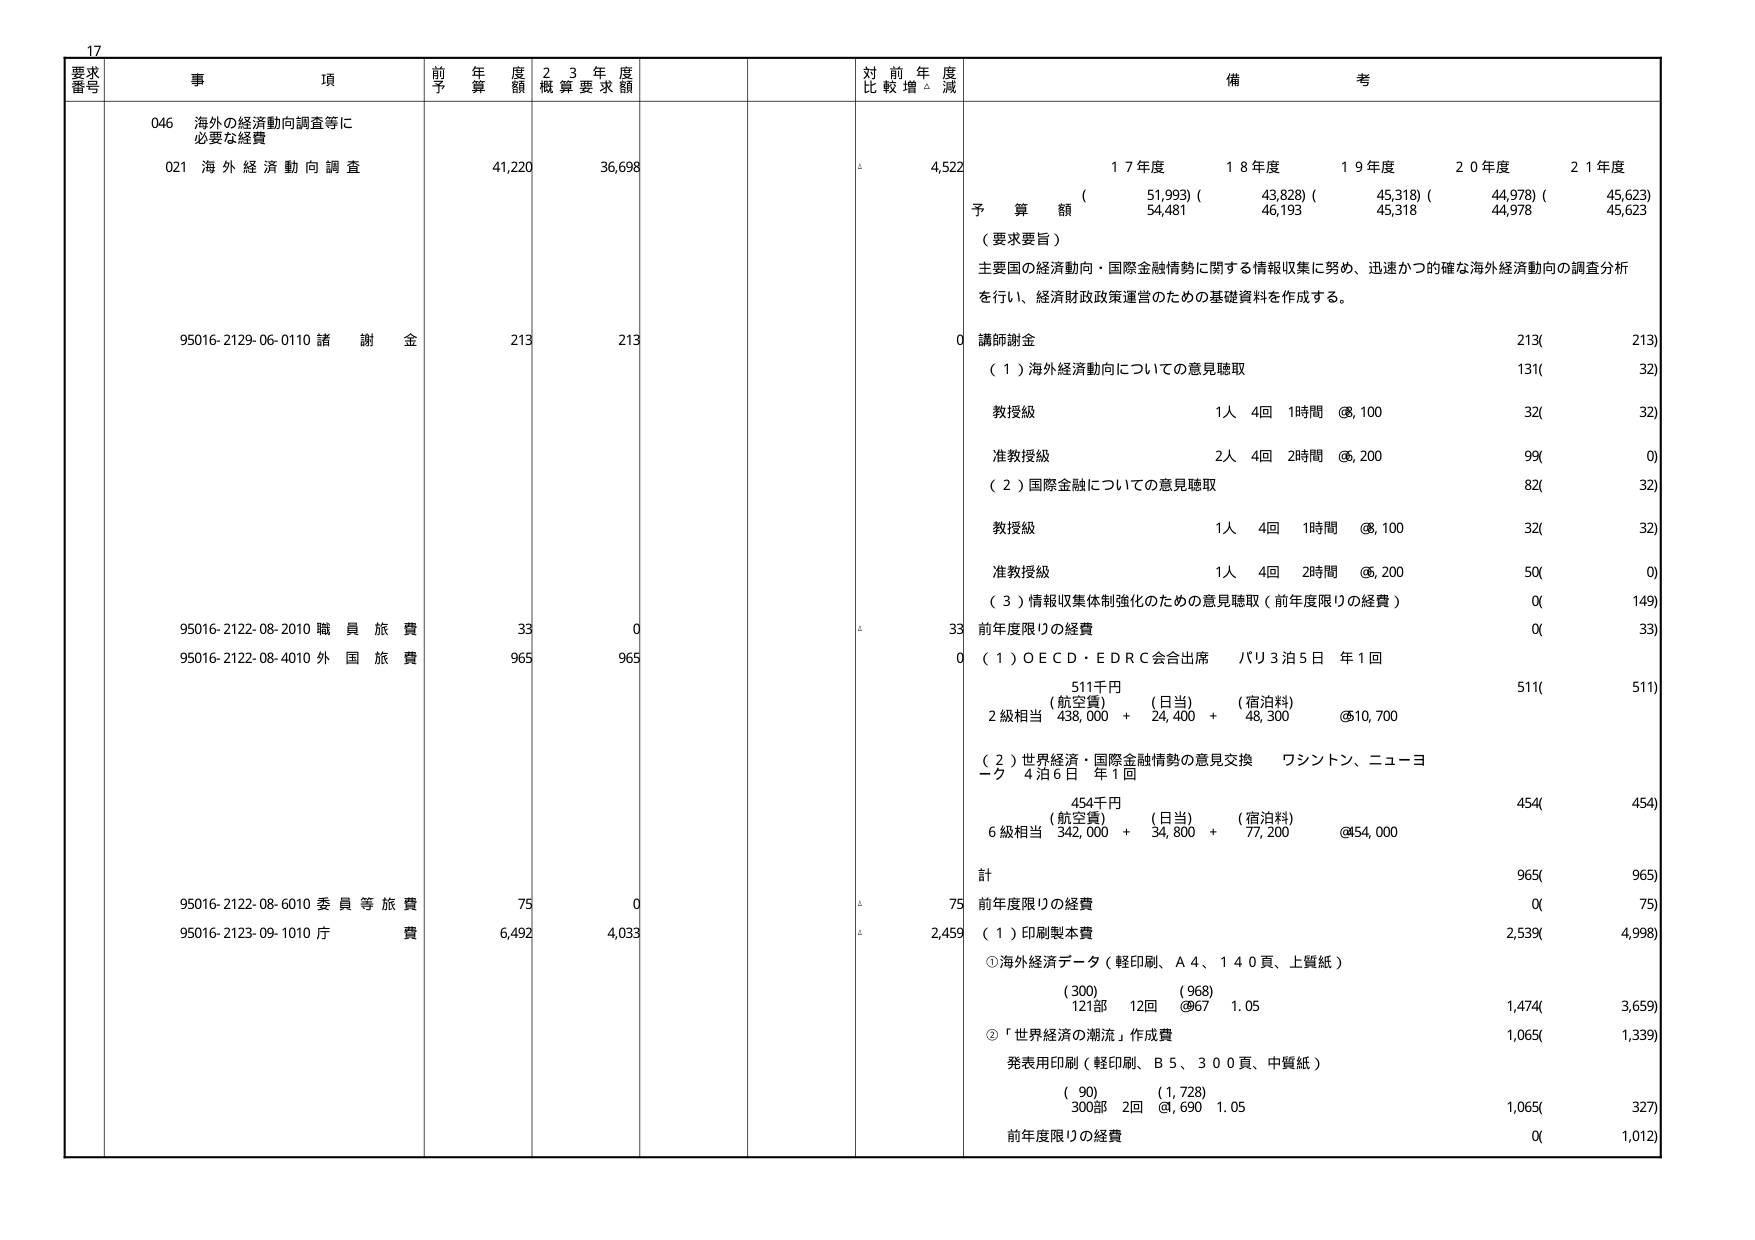
17
要求番号
事項
前年度予算額
23年度概算要求額
対前年度比較増減
備考
046 海外の経済動向調査等に必要な経費
021 海外経済動向調査
41,220
36,698
4,522
17年度
18年度
19年度
20年度
21年度
予算額
(51,993)
(43,828)
(45,318)
(44,978)
(45,623)
(54,481)
(46,193)
(45,318)
(44,978)
(45,623)
（要求要旨）
主要国の経済動向・国際金融情勢に関する情報収集に努め、迅速かつ確な海外経済動向の調査分析を行い、経済財政政策運営のための基礎資料を作成する。
95016-2129-06-0110 諸謝金
213
213
0
講師謝金
213(
213)
（1）海外経済動向についての意見聴取
131(
32)
教授級
1人 4回 1時間 @,100
32(
32)
准教授級
2人 4回 2時間 @,200
99(
0)
（2）国際金融についての意見聴取
82(
32)
教授級
1人 4回 1時間 @,100
32(
32)
准教授級
1人 4回 2時間 @,200
50(
0)
（3）情報収集体制強化のための意見聴取（前年度限りの経費）
0(
149)
95016-2122-08-2010 職員旅費
33
0
33
前年度限りの経費
0(
33)
95016-2122-08-4010 外国旅費
965
965
0
（1）O E C D・E D R C会合出席 パリ3泊5日 年1回
511千円
511(
511)
（航空費）（日当）（宿泊料）
2級相当 438,000 + 24,400 + 48,300 @10,700
（2）世界経済・国際金融情勢の意見交換 ワシントン、ニューヨーク 4泊6日 年1回
454千円
454(
454)
（航空費）（日当）（宿泊料）
6級相当 342,000 + 34,800 + 77,200 @54,000
計
965(
965)
95016-2122-08-6010 委員等旅費
75
0
75
前年度限りの経費
0(
75)
95016-2123-09-1010 庁費
6,492
4,033
2,459
（1）印刷製本費
2,539(
4,998)
①海外経済データ（軽印刷、A4、140頁、上質紙）
(300)
(968)
121部 12回 @67 1.05
1,474(
3,659)
②「世界経済の潮流」作成費
1,065(
1,339)
発表用印刷（軽印刷、B5、300頁、中質紙）
(90)
(1,728)
300部 2回 @,690 1.05
1,065(
327)
前年度限りの経費
0(
1,012)